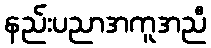
နည်းပညာအကူအညီ